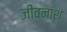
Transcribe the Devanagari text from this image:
जीवनांश